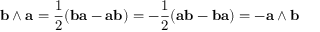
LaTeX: \mathbf { b } \wedge \mathbf { a } = { \frac { 1 } { 2 } } ( \mathbf { b a } - \mathbf { a b } ) = - { \frac { 1 } { 2 } } ( \mathbf { a b } - \mathbf { b a } ) = - \mathbf { a } \wedge \mathbf { b }